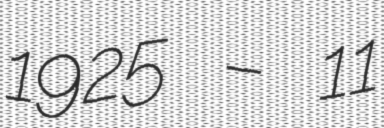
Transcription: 1925 – 11